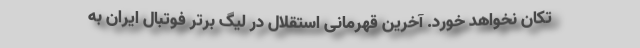
تکان نخواهد خورد. آخرین قهرمانی استقلال در لیگ برتر فوتبال ایران به